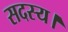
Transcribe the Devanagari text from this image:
सदस्‍य।